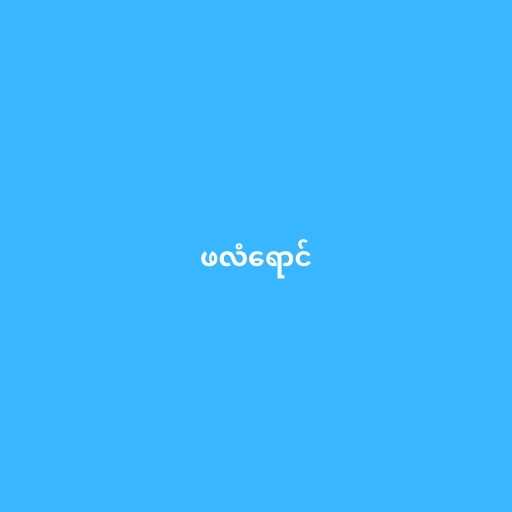
ဖလံရောင်